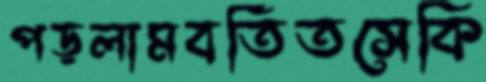
পড়লামবর্তিতসেকি